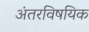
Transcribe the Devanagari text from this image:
अंतरविषयिक